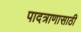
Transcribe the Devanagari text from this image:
पादत्राणासाठी